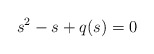
\begin{align*}s^2-s+q(s)=0\end{align*}